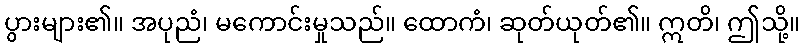
ပွားများ၏။ အပုညံ၊ မကောင်းမှုသည်။ ထောကံ၊ ဆုတ်ယုတ်၏။ ဣတိ၊ ဤသို့။